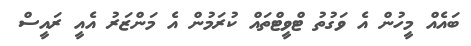
ބައެއް މީހުން އެ ވަގުތު ޓްވީޓްތައް ކުރަމުން އެ މަންޒަރު އެއީ ރައީސް